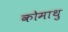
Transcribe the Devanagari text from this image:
कोमाथु